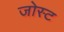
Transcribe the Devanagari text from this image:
जोस्ट